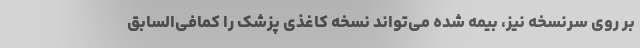
بر روی سرنسخه نیز، بیمه شده می‌تواند نسخه کاغذی پزشک را کمافی‌السابق